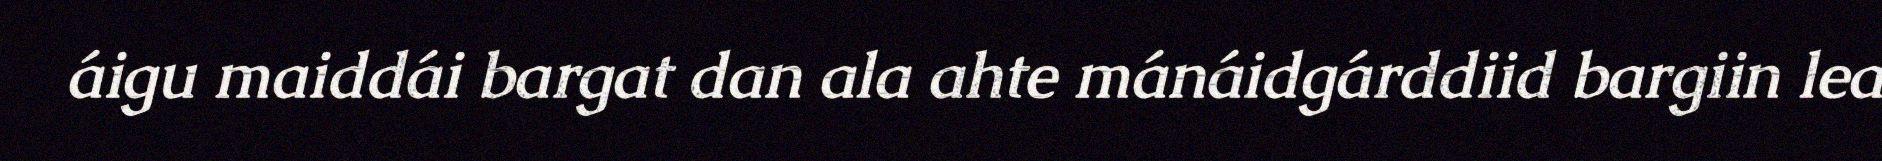
áigu maiddái bargat dan ala ahte mánáidgárddiid bargiin lea